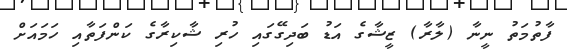
ފާތުމަތު ނީނާ (ލާރާ) ޒީޝާގެ އަޑު ބަދިގޭގައި ހުރި ޝާކިރާގެ ކަންފަތާއި ހަމައަށް